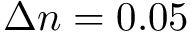
\Delta n = 0 . 0 5